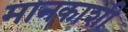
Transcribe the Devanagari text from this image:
मानकाशी